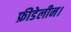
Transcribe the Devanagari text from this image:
फ्रीडेलीन।